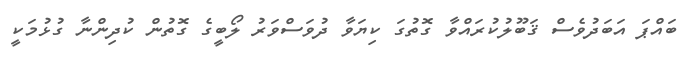
ބައްޕަ އަބަދުވެސް ޤަބޫލުކުރައްވާ ގޮތުގަ ކިޔަވާ ދުވަސްވަރު ލޯބީގެ ގޮތުން ކުދިންނާ ގުޅުމަކީ